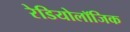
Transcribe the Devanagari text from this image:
रेडियोलॉजिक